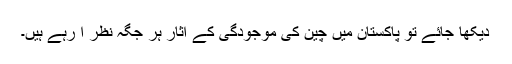
دیکھا جائے تو پاکستان میں چین کی موجودگی کے آثار ہر جگہ نظر آ رہے ہیں۔